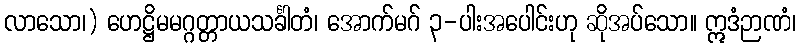
လာသော၊) ဟေဋ္ဌိမမဂ္ဂတ္တာယသင်္ခါတံ၊ အောက်မဂ် ၃-ပါးအပေါင်းဟု ဆိုအပ်သော။ ဣဒံဉာဏံ၊